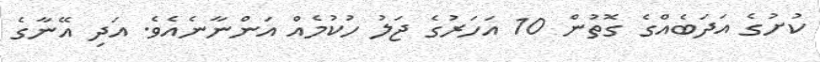
ކުށުގެ އަދަބެއްގެ ގޮތުން 10 އަހަރުގެ ޖަލު ހުކުމެއް އަންނާނެއެވެ. އަދި އޭނާގެ